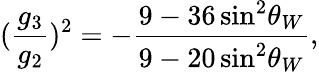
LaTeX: (\frac{g_{3}}{g_{2}})^{2}=-\frac{9-36\, \mathrm{sin}^{2}\theta_{W}}{9-20\, \mathrm{sin}^{2}\theta_{W}},